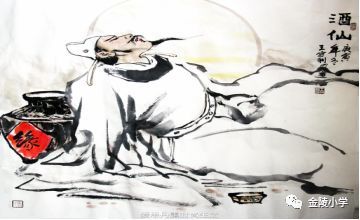
江河之水，非一水之源也千镒之裘，非一狐之白也。